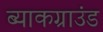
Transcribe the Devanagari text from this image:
ब्याकग्राउंड